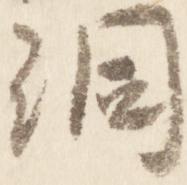
洞